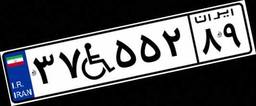
۳۷W۵۵۲۸۹